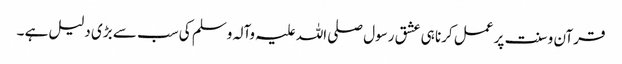
قرآن و سنت پر عمل کرنا ہی عشق رسول صلی اللہ علیہ وآلہ وسلم کی سب سے بڑی دلیل ہے ۔